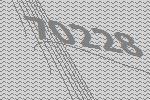
70228